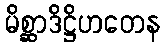
မိစ္ဆာဒိဋ္ဌိဟတေန